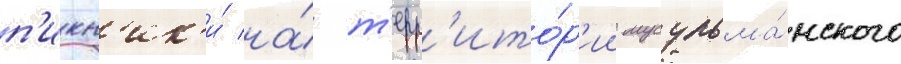
п'икн'ик'и́ на́ т'ерр'ито́р'ии мусульма́нского